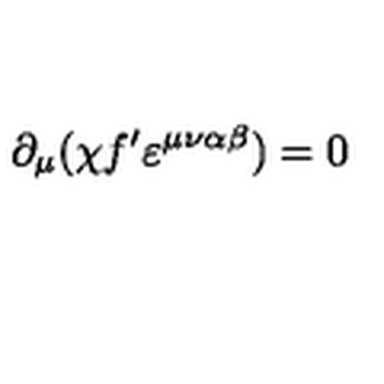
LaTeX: \partial _ { \mu } ( \chi f ^ { \prime } \varepsilon ^ { \mu \nu \alpha \beta } ) = 0